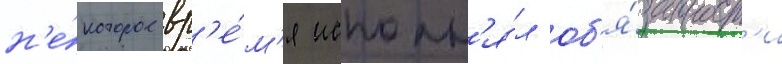
н'е́которое вр'е́м'я исполн'я́л об'я́занност'и